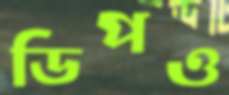
ডিপও